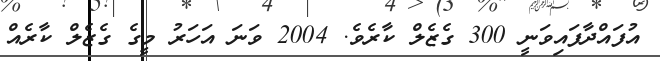
އުފައްދާފައިވަނީ 300 ގެޒެލް ކާރެވެ. 2004 ވަނަ އަހަރު މީގެ ގެޒެލް ކާރެއް